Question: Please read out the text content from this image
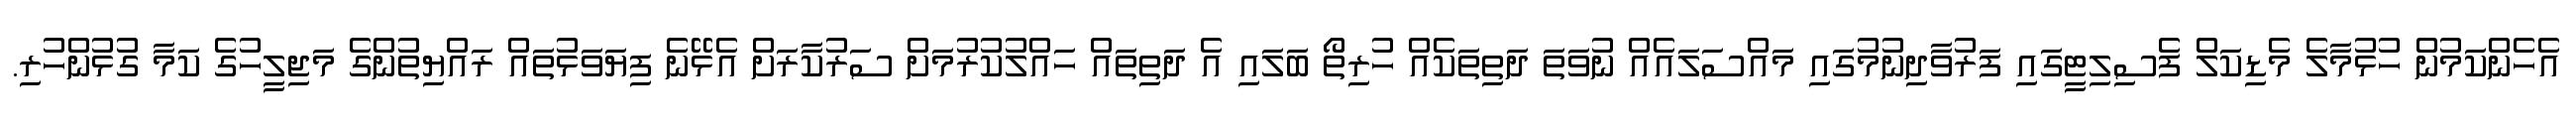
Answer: އެހެންކަމުން ހުޅުމާލެ މެޑިކަލް ފެސިލިޓީގައި ފަރުވާދިނުމުގައި މައްސަލައެއް ނުވަތަ ދަތިތަކެއް ހުރިތޯ ބަލައި އެ ދަތިތައް ހައްލުކުރުމަށް ސަރުކާރަށް އެޅޭނެ ފިޔަވަޅުތައް ރައްޔިތުންގެ މަޖިލީހުގެ ކަމާ ގުޅުންހުރި.